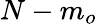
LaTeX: N-m_{o}